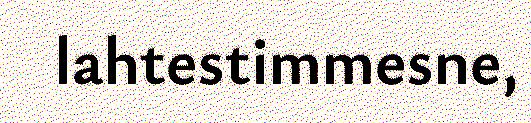
lahtestimmesne,